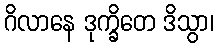
ဂိလာနေ ဒုက္ခိတေ ဒိသွာ၊